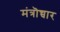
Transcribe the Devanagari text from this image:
मंत्रॊच्चार